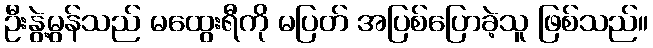
ဦးနွဲ့မွန်သည် မထွေးရီကို မပြတ် အပြစ်ပြောခဲ့သူ ဖြစ်သည်။